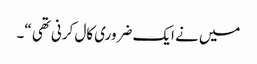
میں نے ایک ضروری کال کرنی تھی “۔